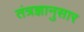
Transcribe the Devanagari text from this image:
तंत्रज्ञानुसार